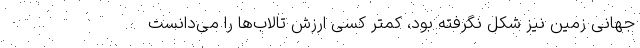
جهانی زمین نیز شکل نگرفته بود، کمتر کسی ارزش تالاب‌ها را می‌دانست